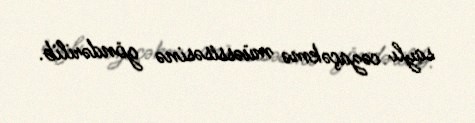
saylı cəzaçəkmə müəssisəsinə göndərilib.